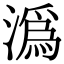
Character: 潙